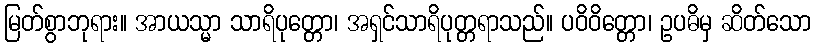
မြတ်စွာဘုရား။ အာယသ္မာ သာရိပုတ္တော၊ အရှင်သာရိပုတ္တရာသည်။ ပဝိဝိတ္တော၊ ဥပဓိမှ ဆိတ်သော